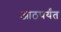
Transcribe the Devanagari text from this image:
आठपर्यंत